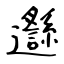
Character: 邎